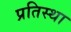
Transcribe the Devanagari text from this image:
प्रतिस्था